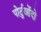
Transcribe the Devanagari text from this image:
पोर्टुओंदो